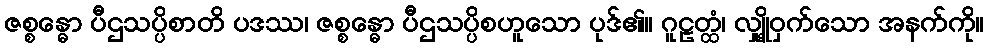
ဇစ္စန္ဓော ပီဌသပ္ပိစာတိ ပဒဿ၊ ဇစ္စန္ဓော ပီဌသပ္ပိစဟူသော ပုဒ်၏။ ဂူဠတ္ထံ၊ လျှို့ဝှက်သော အနက်ကို။